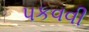
પકવવી